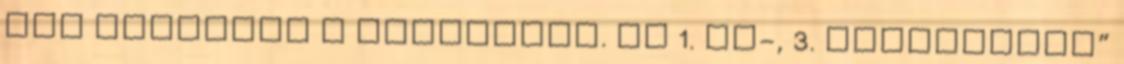
nap támadják a szovjetek. Az 1. SS-, 3. „Totenkopf”